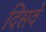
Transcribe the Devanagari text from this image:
दिसवे